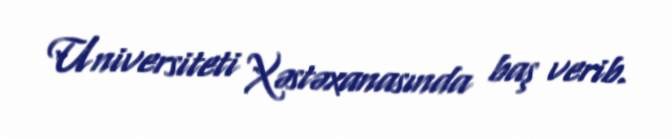
Universiteti Xəstəxanasında baş verib.